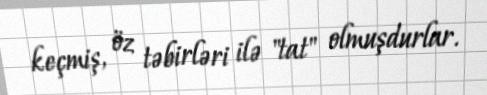
keçmiş, öz təbirləri ilə "tat" olmuşdurlar.